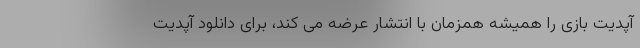
آپدیت بازی را همیشه همزمان با انتشار عرضه می کند، برای دانلود آپدیت